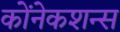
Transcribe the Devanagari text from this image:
कोंनेकशन्स